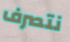
نتصرف